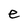
Character: e